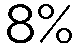
8%